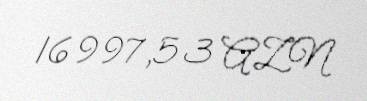
16997,53 AZN